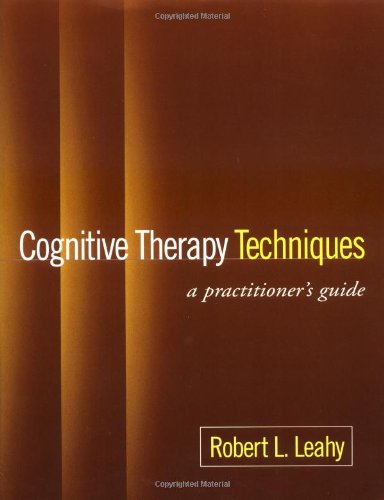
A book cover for Cognitive Therapy Techniques: A Practitioner's Guide; Robert L. Leahy; Medical Books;